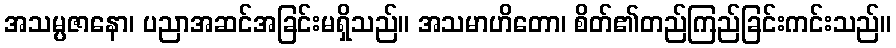
အသမ္ပဇာနော၊ ပညာအဆင်အခြင်းမရှိသည်။ အသမာဟိတော၊ စိတ်၏တည်ကြည်ခြင်းကင်းသည်။